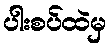
ပါးစပ်ထဲမှ